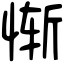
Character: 惭